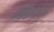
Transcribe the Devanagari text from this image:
गोष्टींबद्दलचे